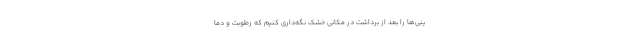
ینی‌ها را بعد از برداشت در مکانی خشک نگه‌داری کنیم که رطوبت و دما